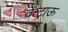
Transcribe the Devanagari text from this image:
वेत्ट्राऊ